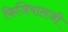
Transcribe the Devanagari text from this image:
फिजियालजी